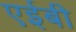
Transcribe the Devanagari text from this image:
एईबी